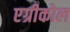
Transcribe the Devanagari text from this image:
एग्रीकोल